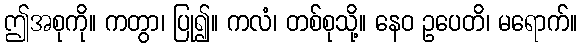
ဤအစုကို။ ကတွာ၊ ပြု၍။ ကလံ၊ တစ်စုသို့။ နေဝ ဥပေတိ၊ မရောက်။